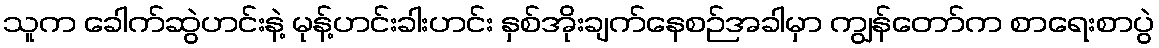
သူက ခေါက်ဆွဲဟင်းနဲ့ မုန့်ဟင်းခါးဟင်း နှစ်အိုးချက်နေစဉ်အခါမှာ ကျွန်တော်က စာရေးစာပွဲ